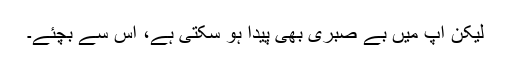
لیکن آپ میں بے صبری بھی پیدا ہو سکتی ہے، اس سے بچئے۔